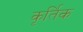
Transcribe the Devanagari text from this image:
कृर्तिक